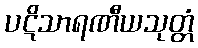
ပဋိသာရဏီယသုတ္တံ